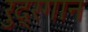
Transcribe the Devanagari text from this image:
रुद्रगान